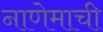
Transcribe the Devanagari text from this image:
नाणेमाची